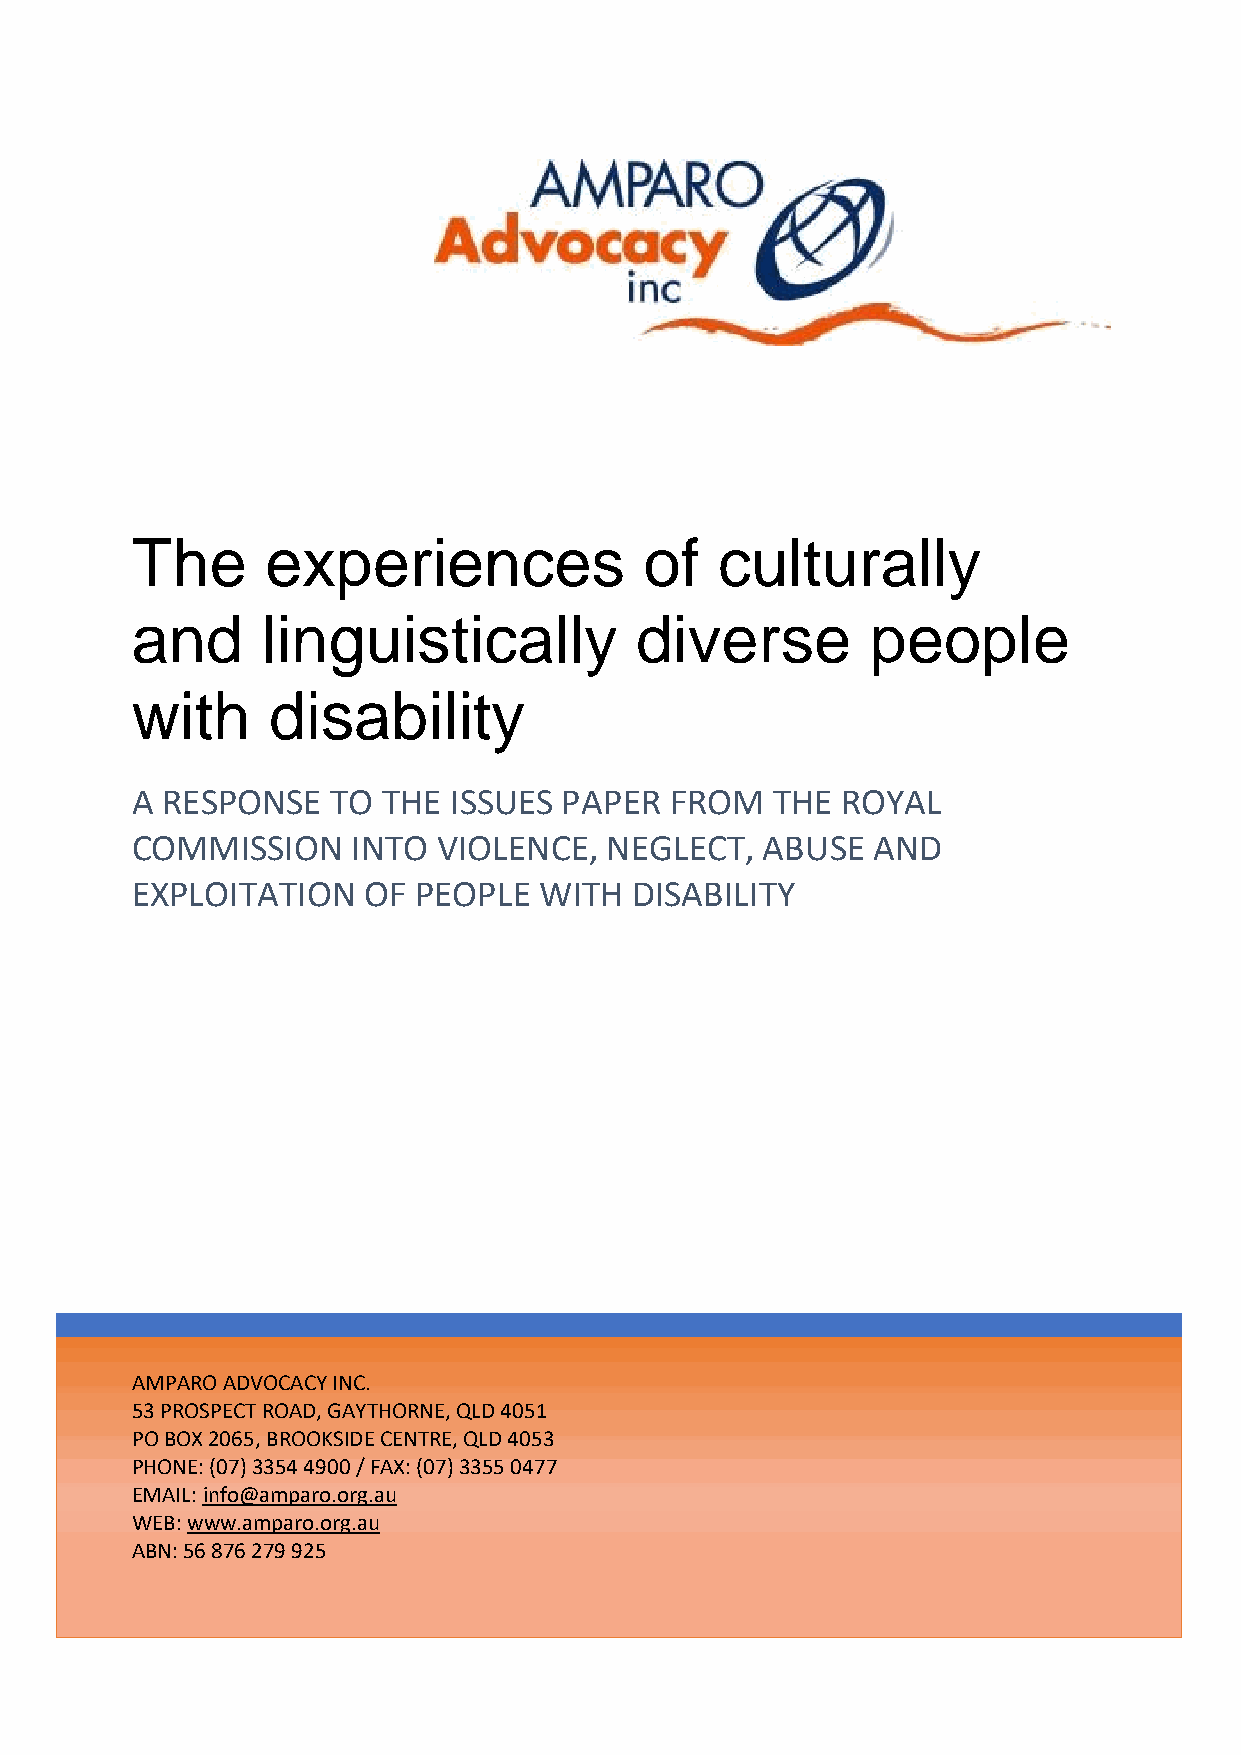
The      experiences              of  culturally
 and     linguistically           diverse         people
 with     disability
 A RESPONSE   TO THE  ISSUES PAPER  FROM   THE  ROYAL
 COMMISSION    INTO  VIOLENCE,  NEGLECT,  ABUSE   AND
 EXPLOITATION   OF PEOPLE   WITH  DISABILITY
 AMPARO ADVOCACY INC.
 53 PROSPECT ROAD, GAYTHORNE, QLD 4051
 PO BOX 2065, BROOKSIDE CENTRE, QLD 4053
 PHONE: (07) 3354 4900 / FAX: (07) 3355 0477
 EMAIL: info@amparo.org.au
 WEB: www.amparo.org.au
 ABN: 56 876 279 925